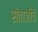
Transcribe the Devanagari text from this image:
संताजींचे